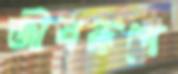
জীবরূপে